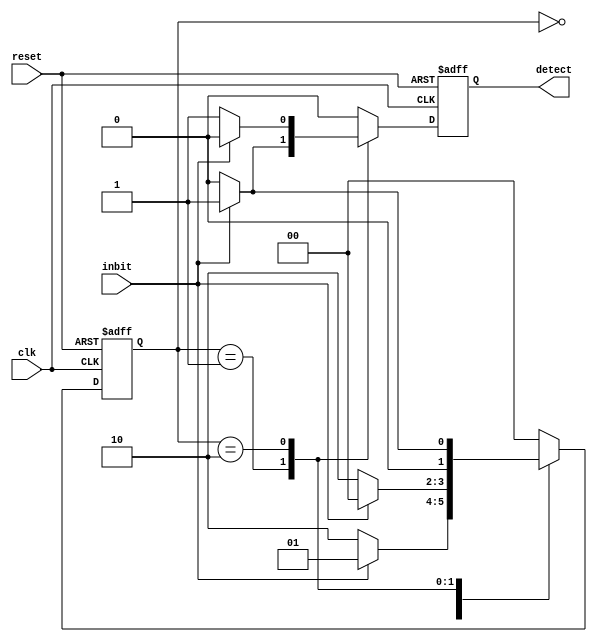
`timescale 1ns / 1ps
//////////////////////////////////////////////////////////////////////////////////
// Company: 
// 
// Design Name: Mealy State Machine
// Module Name: mealy
// Project Name: 
// Target Devices: 
// Tool Versions: 
// Description:
// 
// Dependencies: 
// 
// Revision:
// Revision 0.01 - File Created
// Additional Comments:
// 
//////////////////////////////////////////////////////////////////////////////////


module mealy(clk, reset, inbit, detect);

    input clk, reset, inbit;
    output reg detect;
    
    reg [1:0]state;
    
    always @(posedge clk, posedge reset)begin
    if(reset)begin
            detect <= 0;
            state <= 2'b00;
            end
    else begin
         case(state)
         2'b00:begin 
               if(inbit)begin 
                        state <= 2'b01;detect <= 0;
                        end
               else begin
                        state <= 2'b10;detect <= 0;
                    end
               end
         2'b01:begin 
               if(inbit)begin 
                        state <= 2'b00;detect <= 1;
                        end
               else begin
                        state <= 2'b10;detect <= 0;
                    end
               end
         2'b10:begin 
               if(inbit)begin 
                        state <= 2'b01;detect <= 0;
                        end
               else begin
                        state <= 2'b00;detect <= 1;
                    end
               end  
         default:begin
                    state <= 2'b00;detect <= 0;
                 end
         endcase
         end
    end
                                   
endmodule